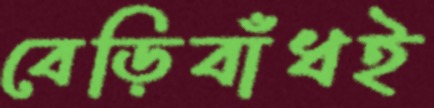
বেড়িবাঁধই